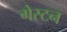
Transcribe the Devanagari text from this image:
गेस्टन